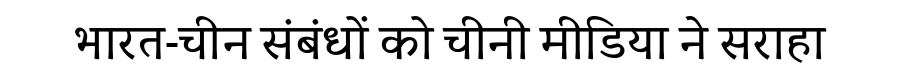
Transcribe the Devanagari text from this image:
भारत-चीन संबंधों को चीनी मीडिया ने सराहा